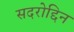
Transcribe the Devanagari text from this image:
सदरोद्दिन